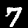
Digit: 7